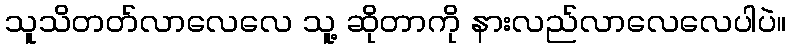
သူသိတတ်လာလေလေ သူ့ ဆိုတာကို နားလည်လာလေလေပါပဲ။